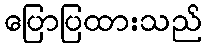
ပြောပြထားသည်